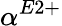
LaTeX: \alpha^{E2+}